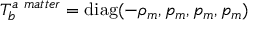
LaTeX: T _ { b } ^ { a \ m a t t e r } = \mathrm { d i a g } ( - \rho _ { m } , p _ { m } , p _ { m } , p _ { m } )